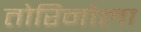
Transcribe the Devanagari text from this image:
तोरिनोला